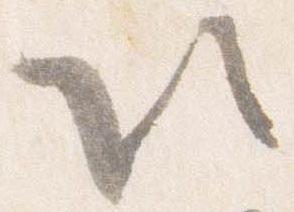
以